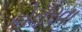
કોતરવા